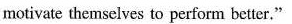
motivate themselves to performs better.''